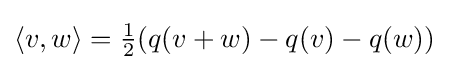
\langle v,w\rangle ={\tfrac {1}{2}}(q(v+w)-q(v)-q(w))